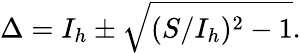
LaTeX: \Delta=I_{h}\pm\sqrt{(S/I_{h})^{2}-1}.